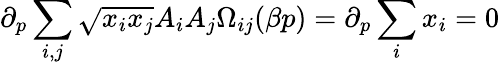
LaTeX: \partial_{p}\sum_{i,j}\sqrt{x_{i}x_{j}}A_{i}A_{j}\Omega_{ij}(\beta p)=\partial_{p}\sum_{i}x_{i}=0